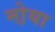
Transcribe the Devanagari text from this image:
नो़या